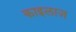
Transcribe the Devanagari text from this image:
काइलाज